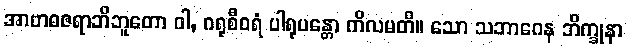
အာဗာဓဇရာဘိဘူတော ဝါ, ဂရုစီဝရံ ပါရုပန္တော ကိလမတိ။ သော သဘာဂေန ဘိက္ခုနာ